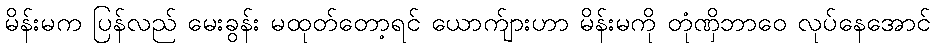
မိန်းမက ပြန်လည် မေးခွန်း မထုတ်တော့ရင် ယောက်ျားဟာ မိန်းမကို တုံဏှိဘာဝေ လုပ်နေအောင်